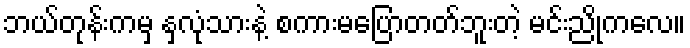
ဘယ်တုန်းကမှ နှလုံသားနဲ့ စကားမပြောတတ်ဘူးတဲ့ မင်းညိုကလေ။